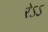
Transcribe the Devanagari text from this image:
रेऽऽ